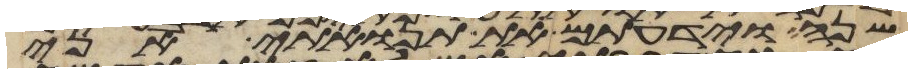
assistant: שנה וידעתם את תנואתי אני